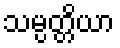
သမ္ပတ္တိယာ